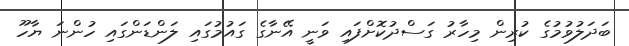
ބަދަލުވުމުގެ ކުރިން މިހާރު ގަސްދުކޮށްފައި ވަނީ އޭނާގެ ގައުމުގައި ލަންޑަންގައި ހުންނަ ޔާހޫ